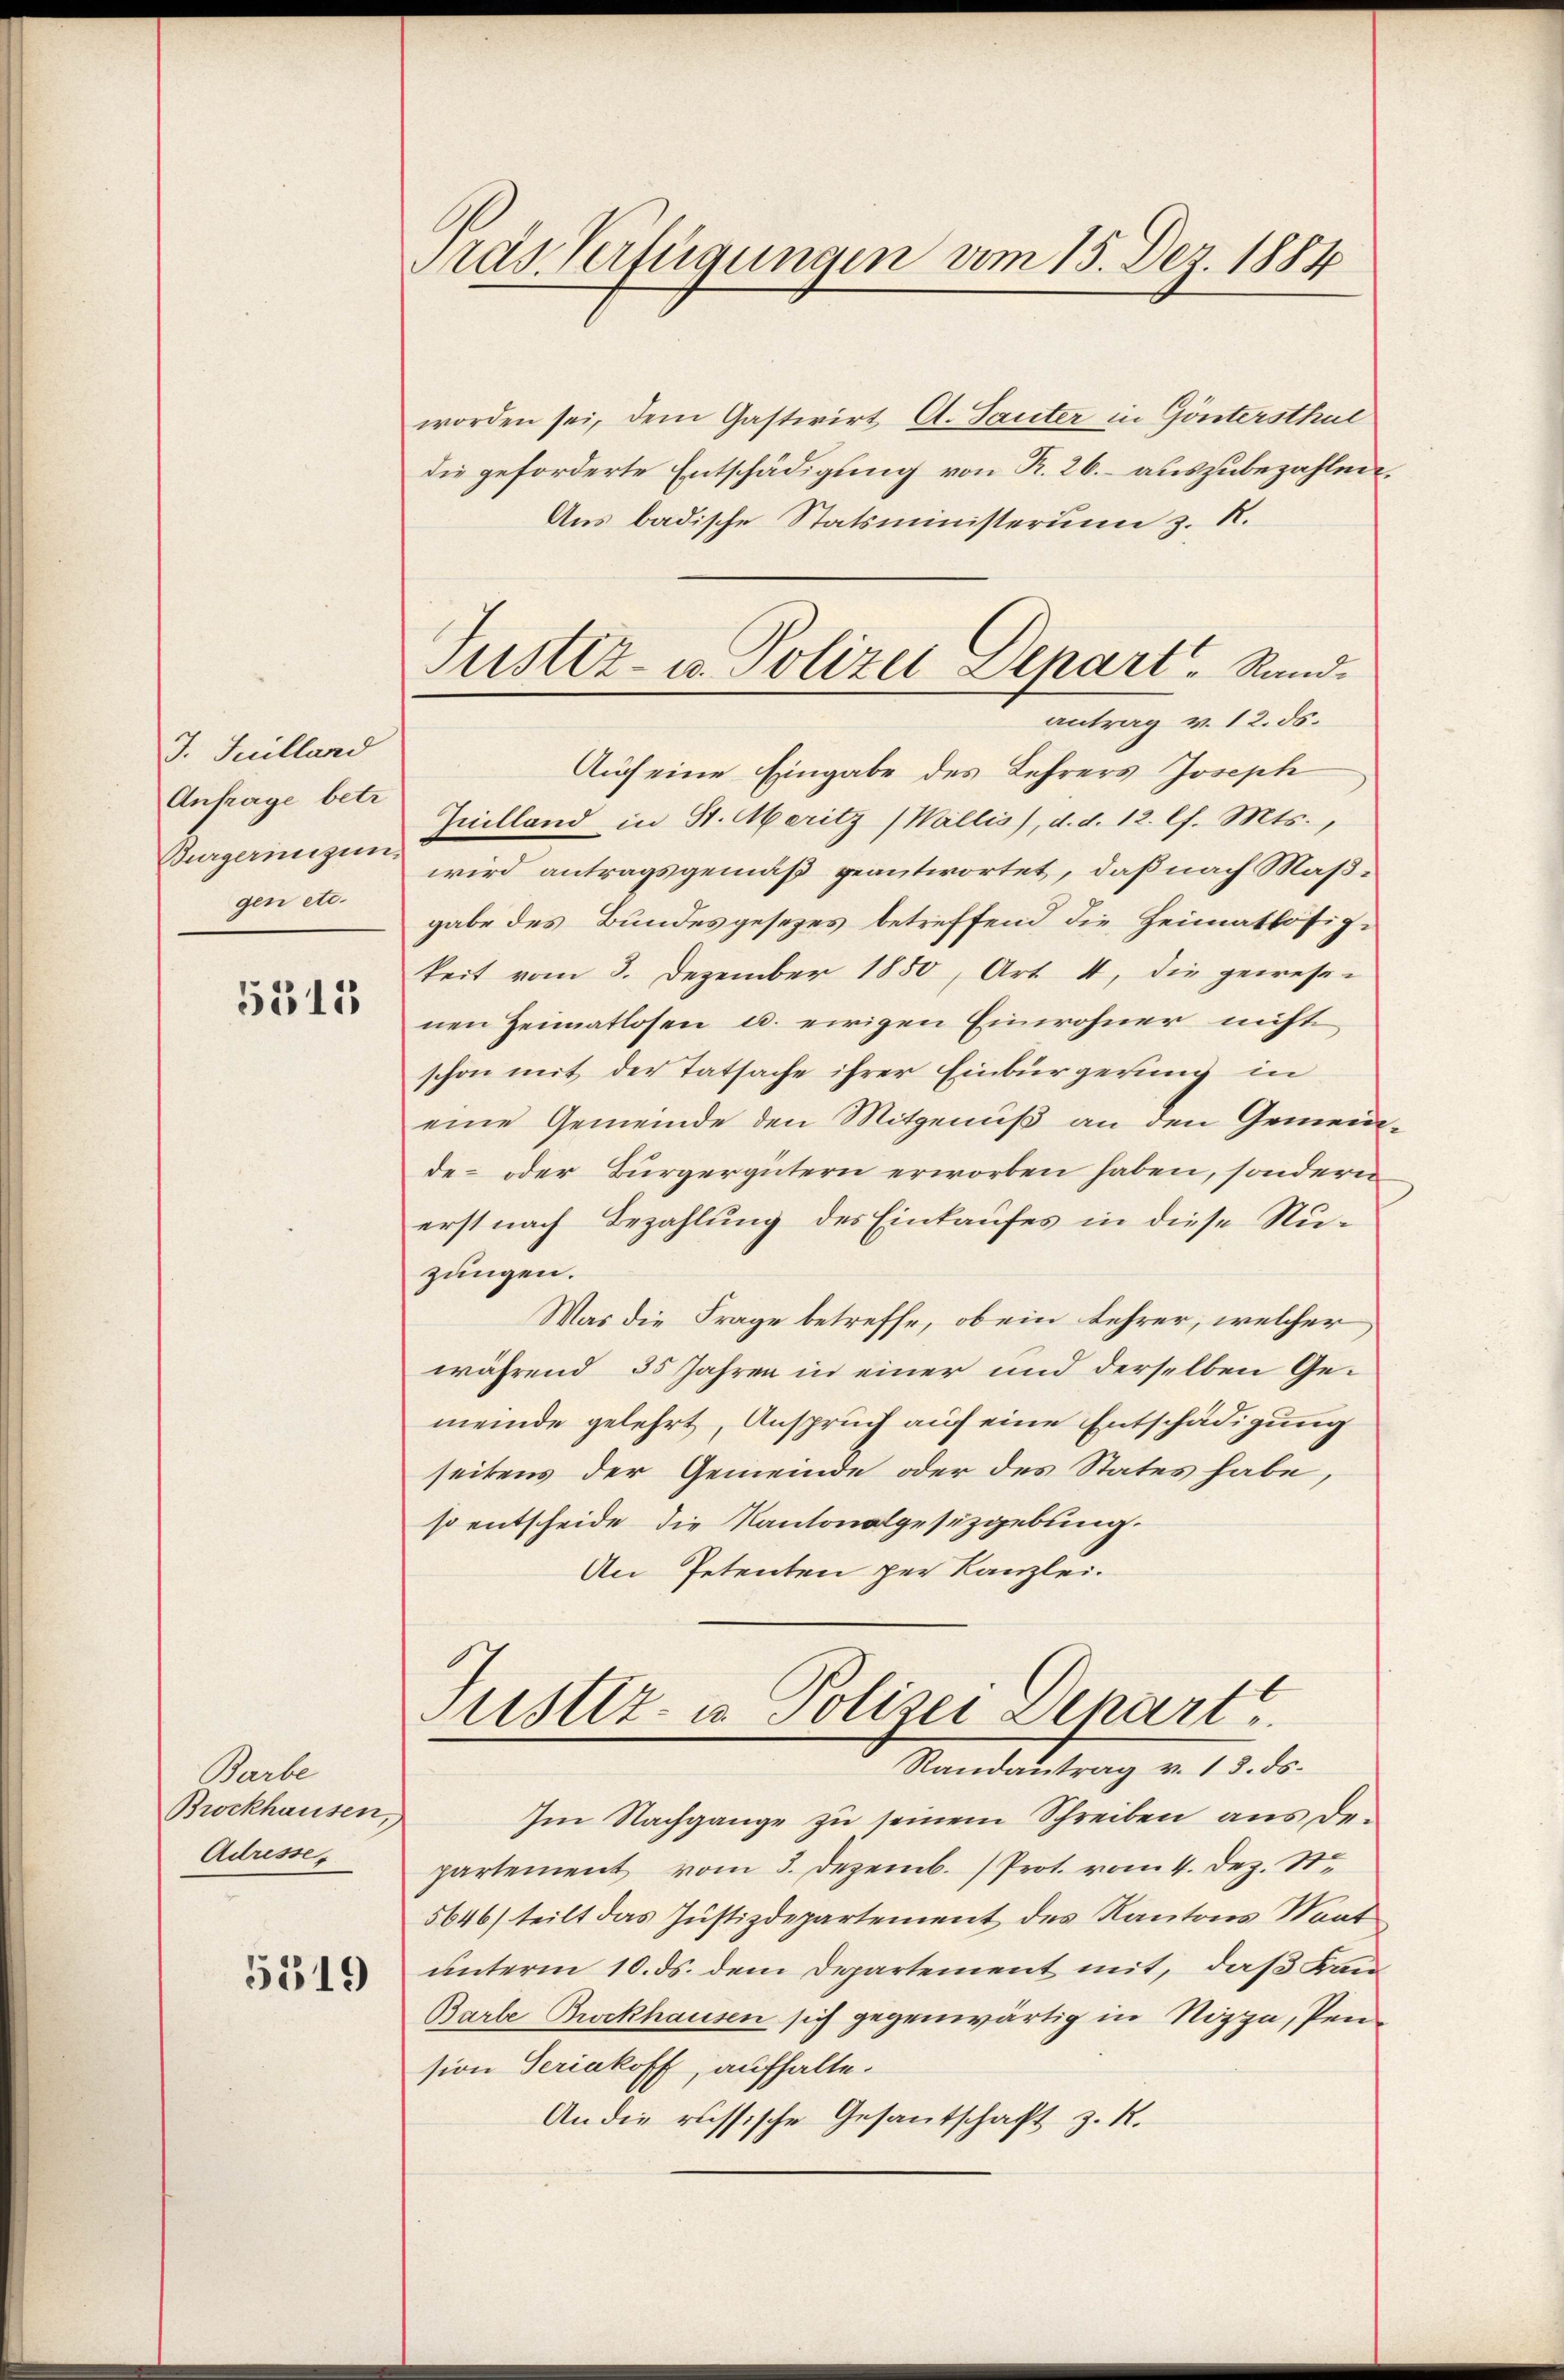
J. Juilland
Anfrage betr.
Bürgerinigun
gen etc.

5315

Barbe
Brockhausen,
Adresser

5519

Pras Verfügungen vom 15. Dez. 1884

Justiz- u. Polizei Depart, Rand.
antrag v. 12. ds.

worden sei, dem Gastwirt A. Sauter in Göntersthul
die geforderte Entschädigung von R. 26. auszubezahlen.
Aus badische Statsministerium z. R.
Auch eine Eingabe des Lehrers Joseph
Juilland in St. Meritz (Wallis), d. d. 12. l. Mts.,
wird antragsgemäß geantwortet, daß nach Maßgabe des Bundesgesezes betreffend die Heimatlosigkeit vom 3. Dezember 1850, Art. 4, die gewesenen Heimatlosen u. ewigen Einwohner nicht
schon mit der Tatsache ihrer Einbürgerung in
eine Gemeinde den Mitgenuß an den Gemeinde- oder Bürgergütern erworben haben, sondern
erst nach Bezahlung des Einkaufes in diese Nuzungen.
Was die Frage betreffe, ob ein Lehrer, welcher
während 35 Jahren in einer und derselben Gemeinde gelehrt, Anspruch auf eine Entschädigung
seitens der Gemeinde oder des States habe,
so entscheide die Kantonalgesetzgebung.
An Petenten per Kanzlei.
Justiz- u. Polizei Depart
Randantrag v. 13. ds.
Im Nachgange zŭ seinem Schreiben aus de-
partement vom 3. Dezemb. (Prot. vom 4. Dez. St.
5646) teilt das Justizdepartement des Kantons Maat
unterm 10. ds. dem Departement mit, daß an
Barbe Brockhausen sich gegenwärtig in Nizza, Pension Seriakoff, aufhalte.
An die russische Gesantschaft z. R.